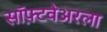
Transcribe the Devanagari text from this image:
सॉफ़्टवेअरला